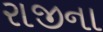
રાજીના